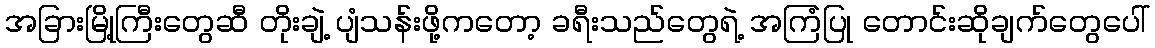
အခြားမြို့ကြီးတွေဆီ တိုးချဲ့ ပျံသန်းဖို့ကတော့ ခရီးသည်တွေရဲ့ အကြံပြု တောင်းဆိုချက်တွေပေါ်